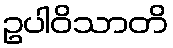
ဥပါဝိသာတိ